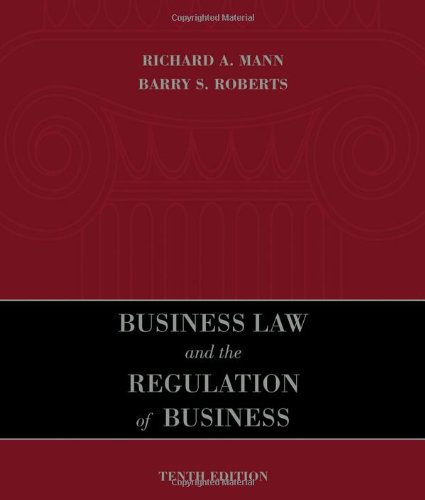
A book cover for Business Law and the Regulation of Business; Richard A. Mann; Law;